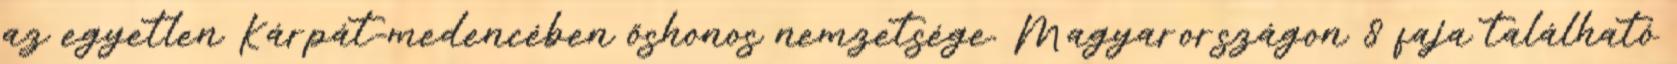
az egyetlen Kárpát-medencében őshonos nemzetsége. Magyarországon 8 faja található